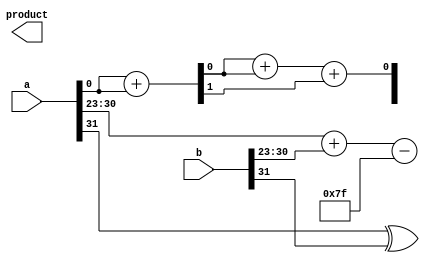
module floating_point_wallace_tree_multiplier (
    input [31:0] a, // Input A (32-bit IEEE 754)
    input [31:0] b, // Input B (32-bit IEEE 754)
    output reg [31:0] product // Output Product (32-bit IEEE 754)
);

    // Constants
    localparam EXP_BIAS = 127; // Bias for single precision
    localparam MANTISSA_SIZE = 23;
    
    // Internal Signals
    wire sign_a, sign_b;
    wire [7:0] exp_a, exp_b;
    wire [MANTISSA_SIZE:0] mant_a, mant_b; // Include implicit leading bit
    wire [MANTISSA_SIZE * 2 + 1:0] mant_product; // Product of mantissas
    wire [7:0] exp_result;
    wire sign_result;

    // Preprocessing: Extract sign, exponent, and mantissa
    assign sign_a = a[31];
    assign exp_a = a[30:23];
    assign mant_a = {1'b1, a[22:0]}; // Normalize mantissa
    assign sign_b = b[31];
    assign exp_b = b[30:23];
    assign mant_b = {1'b1, b[22:0]}; // Normalize mantissa

    // Partial Product Generation
    genvar i, j;
    generate
        for (i = 0; i <= MANTISSA_SIZE; i = i + 1) begin : pp_gen
            for (j = 0; j <= MANTISSA_SIZE; j = j + 1) begin : pp_inner
                assign mant_product[i + j] = mant_a[i] & mant_b[j]; // AND for partial products
            end
        end
    endgenerate

    // Wallace Tree Reduction
    wire [MANTISSA_SIZE * 2 + 1:0] sum;
    wire [MANTISSA_SIZE * 2 + 1:0] carry;

    // Full and Half Adders for Wallace Tree (simplified version)
    // This should be expanded into a proper Wallace tree structure
    assign {carry[0], sum[0]} = mant_product[0] + mant_product[1]; // Example of a simple adder
    assign {carry[1], sum[1]} = mant_product[2] + mant_product[3];

    // Final summation to combine the last results (simplified)
    wire final_sum;
    assign final_sum = sum[0] + sum[1] + carry[0];

    // Exponent Computation
    assign exp_result = exp_a + exp_b - EXP_BIAS; // Adjust exponent

    // Sign Calculation
    assign sign_result = sign_a ^ sign_b; // XOR for sign

    // Output Assembly
    always @(*) begin
        product[31] = sign_result; // Sign bit
        product[30:23] = exp_result; // Exponent
        product[22:0] = final_sum[MANTISSA_SIZE-1:0]; // Mantissa (adjust as needed)
    end

endmodule